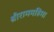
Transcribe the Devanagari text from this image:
श्रीराममहिमा